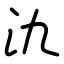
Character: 氿